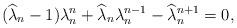
LaTeX: \begin{align*} (\widehat{\lambda}_{n}-1)\lambda_{n}^{n}+ \widehat{\lambda}_{n}\lambda_{n}^{n-1}-\widehat{\lambda}_{n}^{n+1}=0,\end{align*}